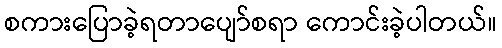
စကားပြောခဲ့ရတာပျော်စရာ ကောင်းခဲ့ပါတယ်။